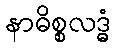
နာဓိစ္စလဒ္ဓံ